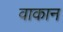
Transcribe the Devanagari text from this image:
वाकान